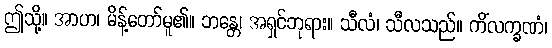
ဤသို့။ အာဟ၊ မိန့်တော်မူ၏။ ဘန္တေ၊ အရှင်ဘုရား။ သီလံ၊ သီလသည်။ ကိံလက္ခဏံ၊